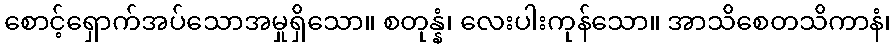
စောင့်ရှောက်အပ်သောအမှုရှိသော။ စတုန္နံ၊ လေးပါးကုန်သော။ အာသိစေတသိကာနံ၊